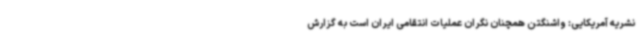
نشریه آمریکایی: واشنگتن همچنان نگران عملیات انتقامی ایران است به گزارش